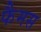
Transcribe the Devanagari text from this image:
फैमस